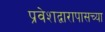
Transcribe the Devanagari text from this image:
प्रवेशद्वारापासच्या